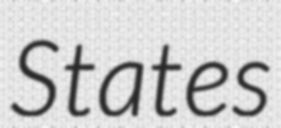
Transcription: States